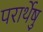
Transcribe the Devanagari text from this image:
परार्थेषु